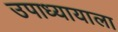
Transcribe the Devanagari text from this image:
उपाध्यायाला